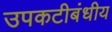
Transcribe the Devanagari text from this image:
उपकटीबंधीय